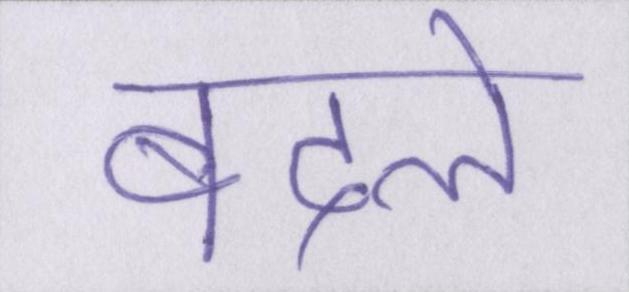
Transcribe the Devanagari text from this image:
बदले